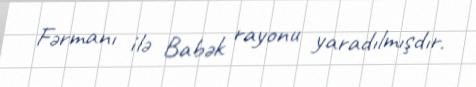
Fərmanı ilə Babək rayonu yaradılmışdır.